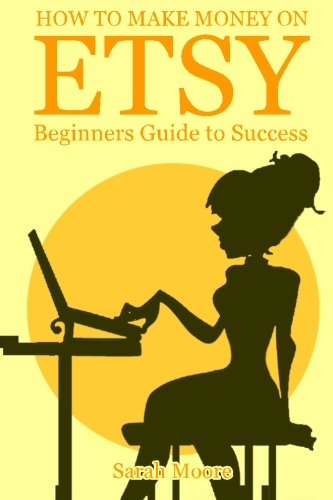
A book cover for Etsy: How to Make Money on Etsy, Etsy Business For Beginners, Etsy Selling Succe (Etsy Free Kindle Books, Esty Seo, Esty Empire, Ebay, Amazon, Selling Online, Make Money Online.); Sarah Moore; Computers & Technology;